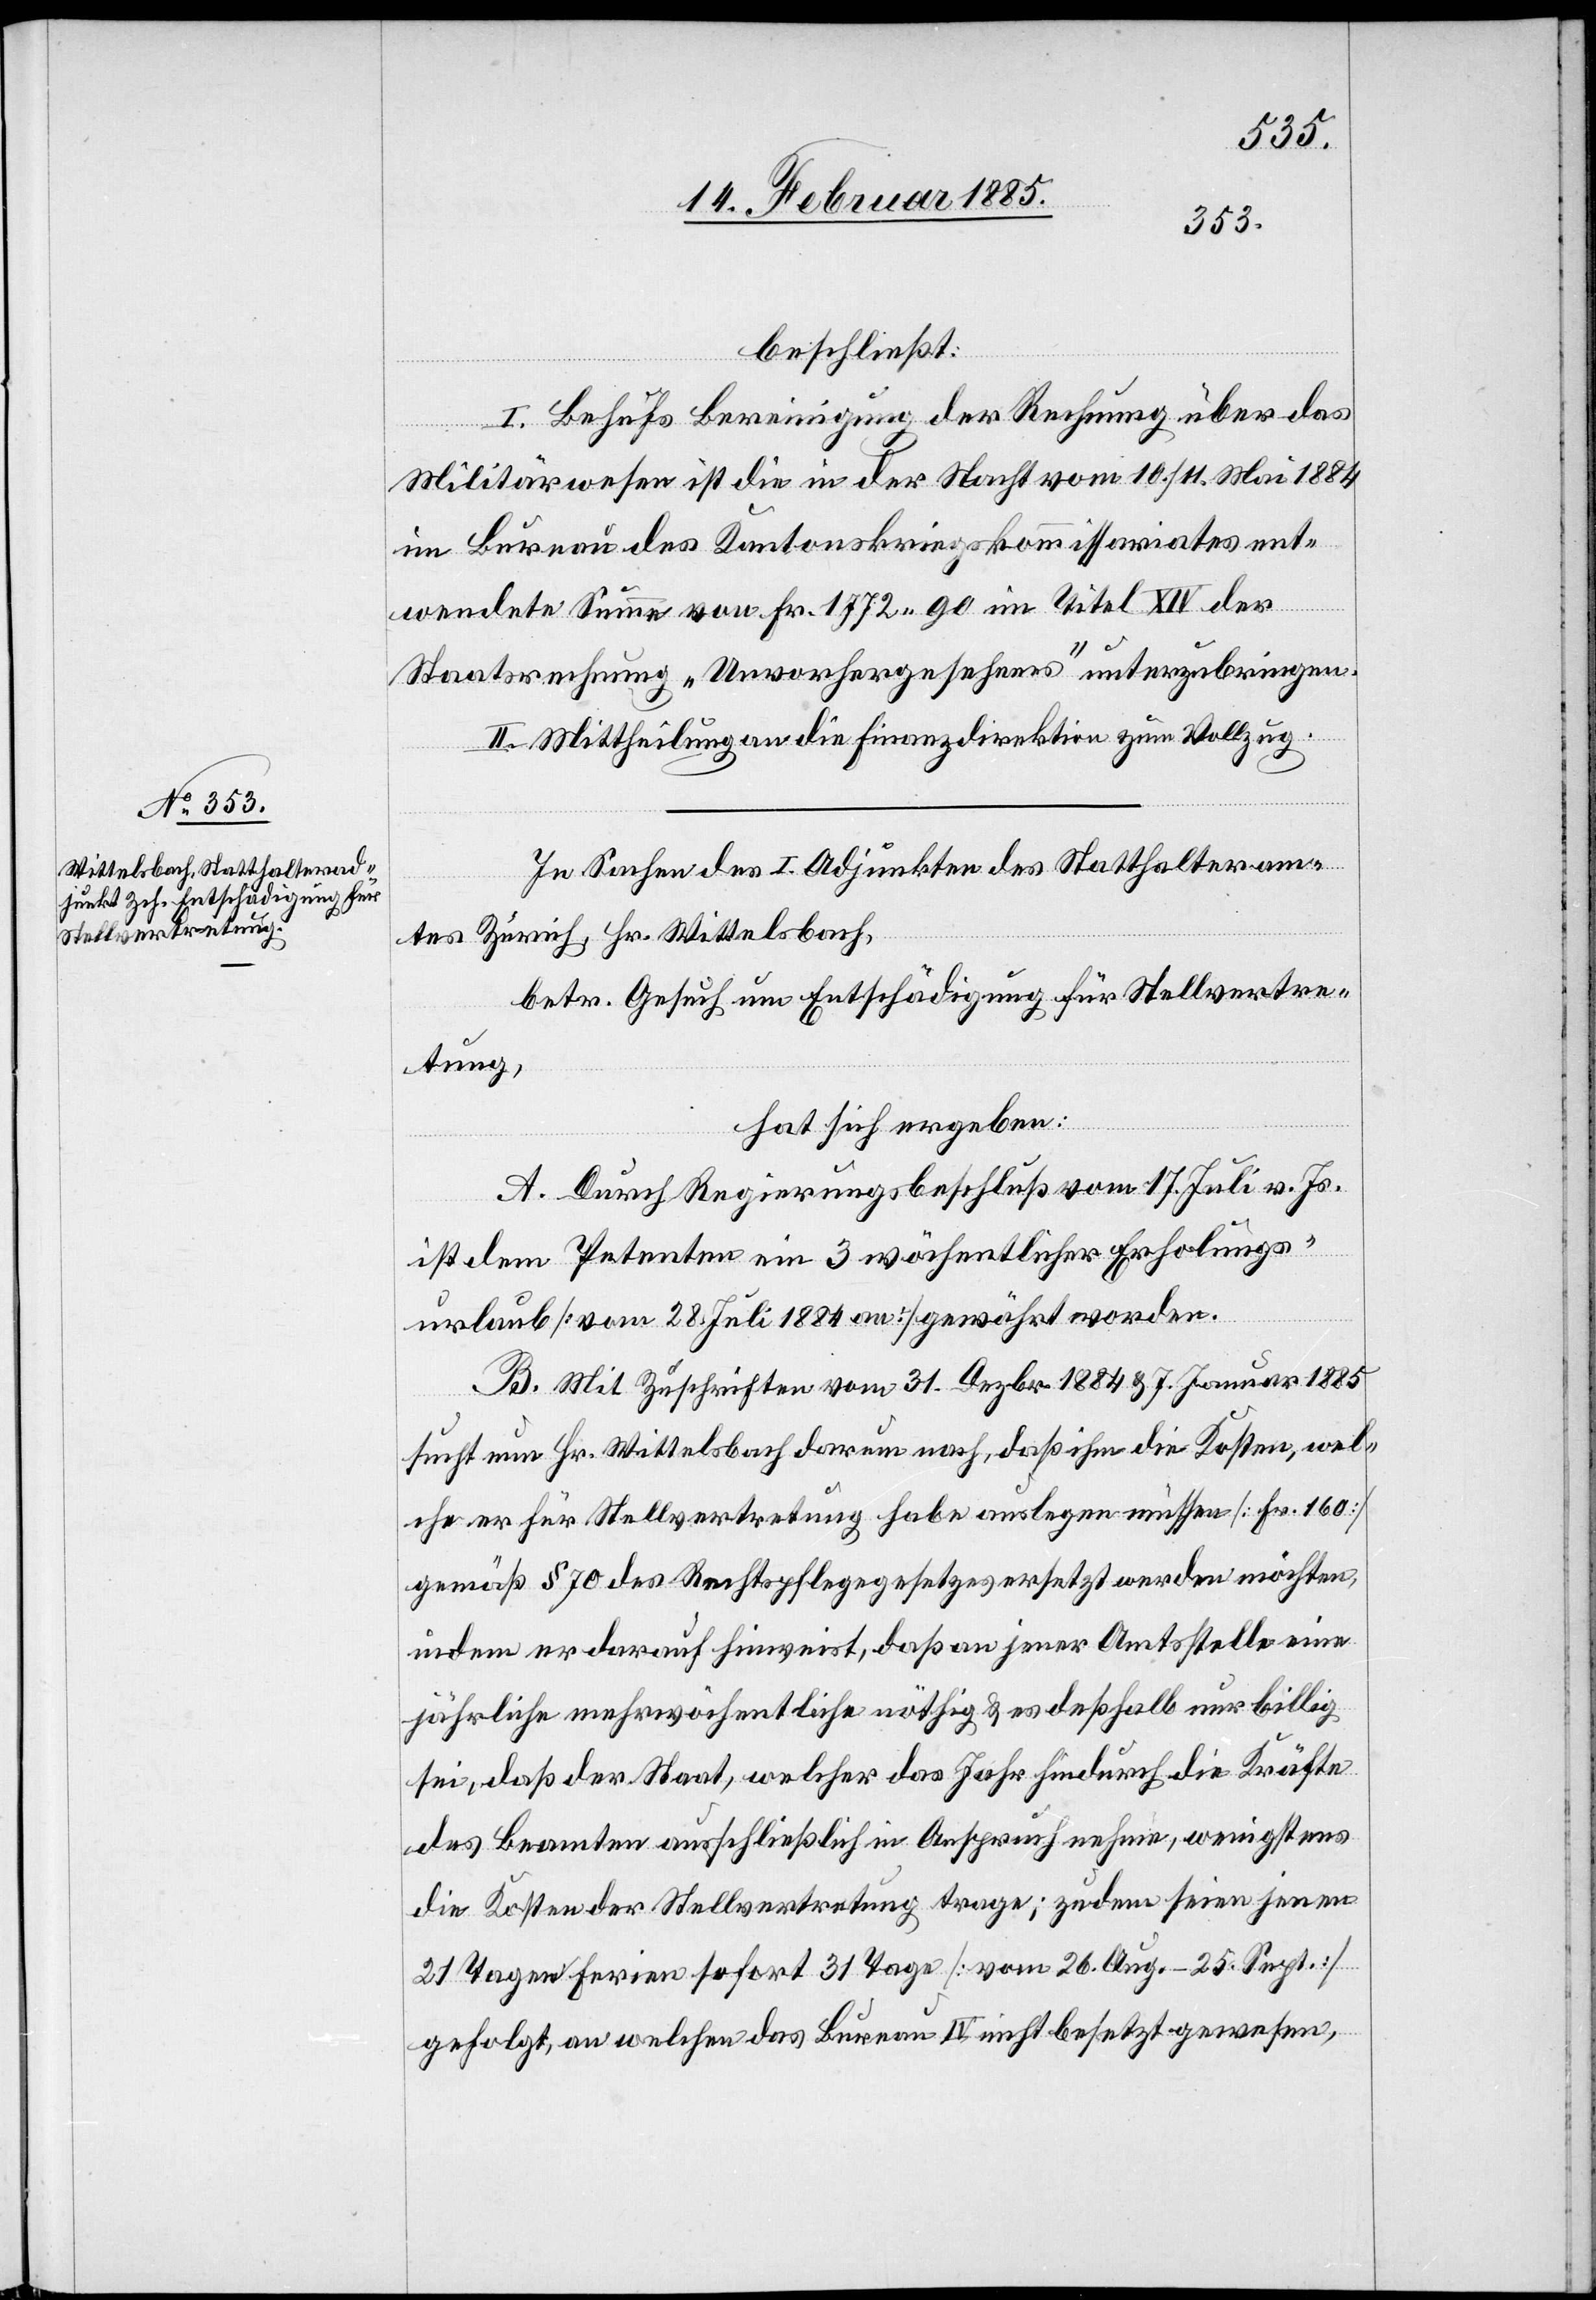
beschließt:
I. Behufs Bereinigung der Rechnung über das
Militärwesen ist die in der Nacht vom 10./11. Mai 1884
im Bureau des Kantonskriegskommissariates ent¬
wendete Summe von Fr. 1772 90 im Titel XIV der
Staatsrechnung „Unvorhergesehenes“ unterzubringen.
II. Mittheilung an die Finanzdirektion zum Vollzug.